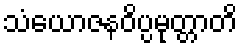
သံယောဇနဝိပ္ပမုတ္တာတိ